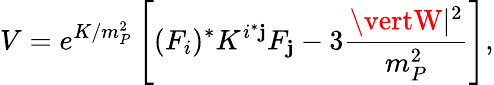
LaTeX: V=e^{K/m_{P}^{2}}\left[(F_{i})^{*}K^{i^{*}\mathbf{j}}F_{\mathbf{j}}-3\frac{{\vertW\vert^{2}}}{{m_{P}^{2}}}\right],